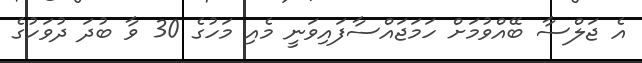
އެ ޖަލްސާ ބޭއްވުމަށް ހަމަޖައްސާފައިވަނީ މެއި މަހުގެ 30 ވާ ބުދަ ދުވަހުގެ